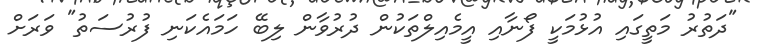
"ދަތުރު މަތީގައި އުޅުމަކީ ފޯނާއި އީމެއިލްތަކުން ދުރުވާން ލިބޭ ހަމައެކަނި ފުރުސަތު" ވަރަށް